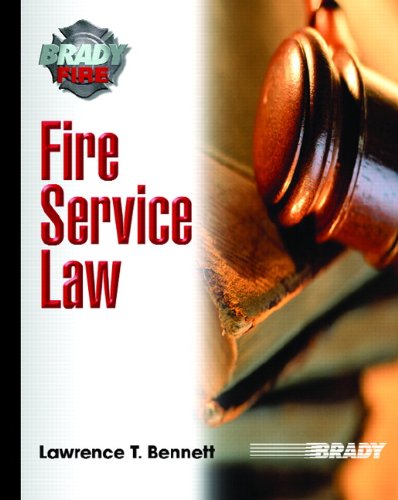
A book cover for Fire Service Law; Lawrence T. Bennett; Law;